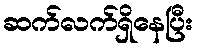
ဆက်လက်ရှိနေပြီး